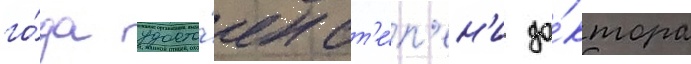
го́да удосто́ен ст'е́п'ен'и до́ктора